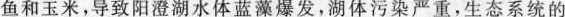
鱼和玉米，导致阳澄湖水体蓝藻爆发，湖体污染严重，生态系统的